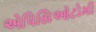
એપિસિઓટોમી